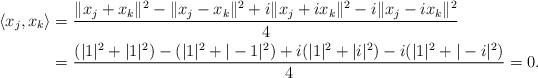
LaTeX: \begin{align*}\langle x_j, x_k \rangle &=\frac{\|x_j+x_k\|^2-\|x_j-x_k\|^2+i\|x_j+ix_k\|^2-i\|x_j-ix_k\|^2}{4}\\&=\frac{(|1|^2+|1|^2)-(|1|^2+|-1|^2)+i(|1|^2+|i|^2)-i(|1|^2+|-i|^2)}{4}=0.\end{align*}